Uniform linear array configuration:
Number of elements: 32
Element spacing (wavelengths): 1
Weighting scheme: hann
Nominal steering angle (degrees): -30
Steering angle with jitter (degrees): -28.373
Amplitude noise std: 0.05
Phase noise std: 0.05

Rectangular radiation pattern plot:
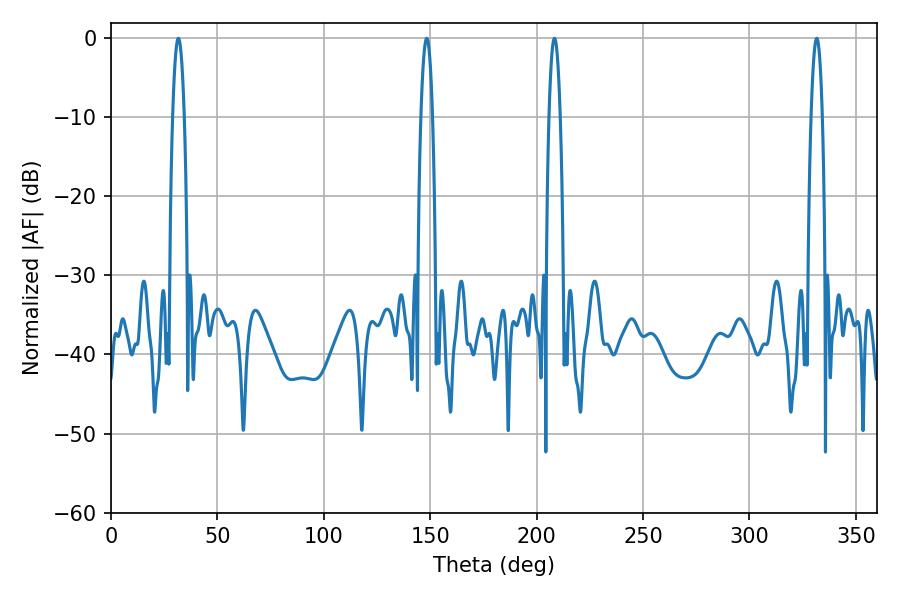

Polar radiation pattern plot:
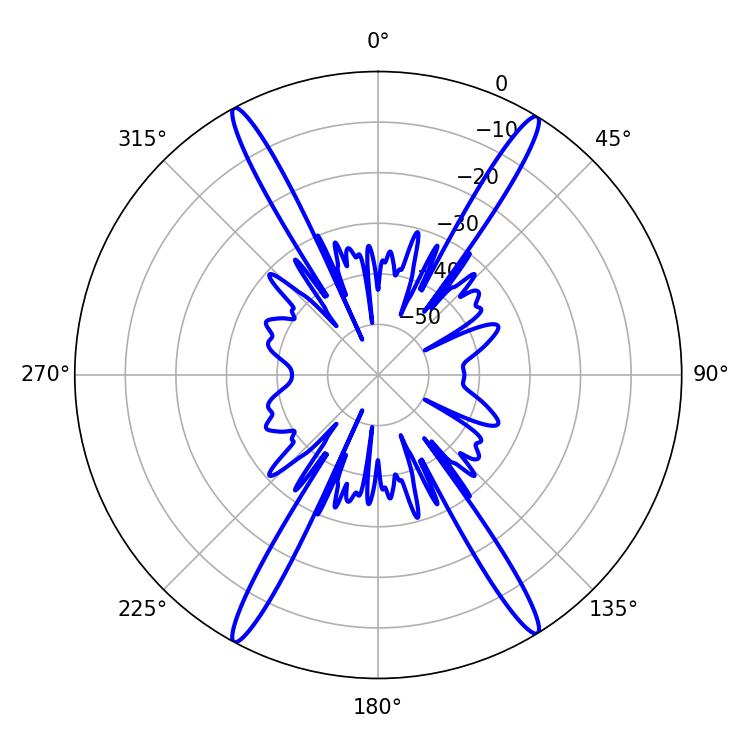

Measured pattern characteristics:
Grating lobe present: TRUE
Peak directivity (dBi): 24.331
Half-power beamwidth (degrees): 2.88
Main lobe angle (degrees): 148.32